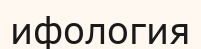
ифология